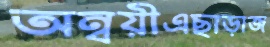
অন্বয়ীএছাড়াজ